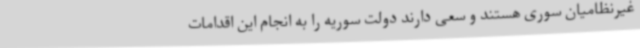
غیرنظامیان سوری هستند و سعی دارند دولت سوریه را به انجام این اقدامات